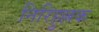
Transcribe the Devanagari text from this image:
निरिहुल्लक